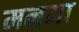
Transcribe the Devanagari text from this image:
मनमा